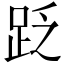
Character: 䟪